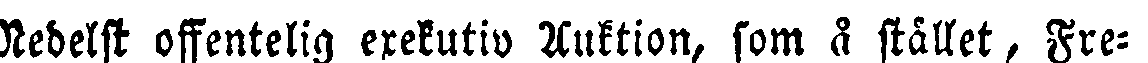
Medelst offentelig exekutiv Auktion, som å stället, Fre-